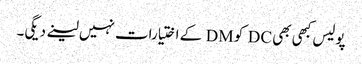
پولیس کبھی بھی DC کو DM کے اختیارات نہیں لینے دیگی۔